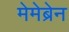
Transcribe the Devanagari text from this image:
मेमेब्रेन